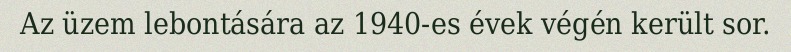
Az üzem lebontására az 1940-es évek végén került sor.